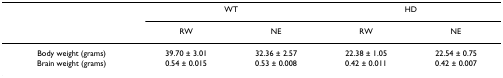
<table><thead><tr><td></td><td colspan="2"><b>WT</b></td><td colspan="2"><b>HD</b></td></tr><tr><td></td><td><b>RW</b></td><td><b>NE</b></td><td><b>RW</b></td><td><b>NE</b></td></tr></thead><tbody><tr><td>Body weight (grams)</td><td>39.70 ± 3.01</td><td>32.36 ± 2.57</td><td>22.38 ± 1.05</td><td>22.54 ± 0.75</td></tr><tr><td>Brain weight (grams)</td><td>0.54 ± 0.015</td><td>0.53 ± 0.008</td><td>0.42 ± 0.011</td><td>0.42 ± 0.007</td></tr></tbody></table>